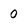
Character: 0